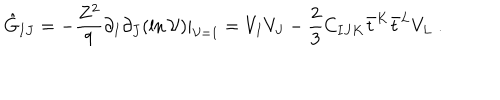
LaTeX: \hat { G } _ { I J } = - { \frac { Z ^ { 2 } } { 9 } } \partial _ { I } \partial _ { J } ( \ln { \cal V } ) | _ { { \cal V } = 1 } = V _ { I } V _ { J } - { \frac { 2 } { 3 } } C _ { I J K } \bar { t } ^ { K } \bar { t } ^ { L } V _ { L } \ .